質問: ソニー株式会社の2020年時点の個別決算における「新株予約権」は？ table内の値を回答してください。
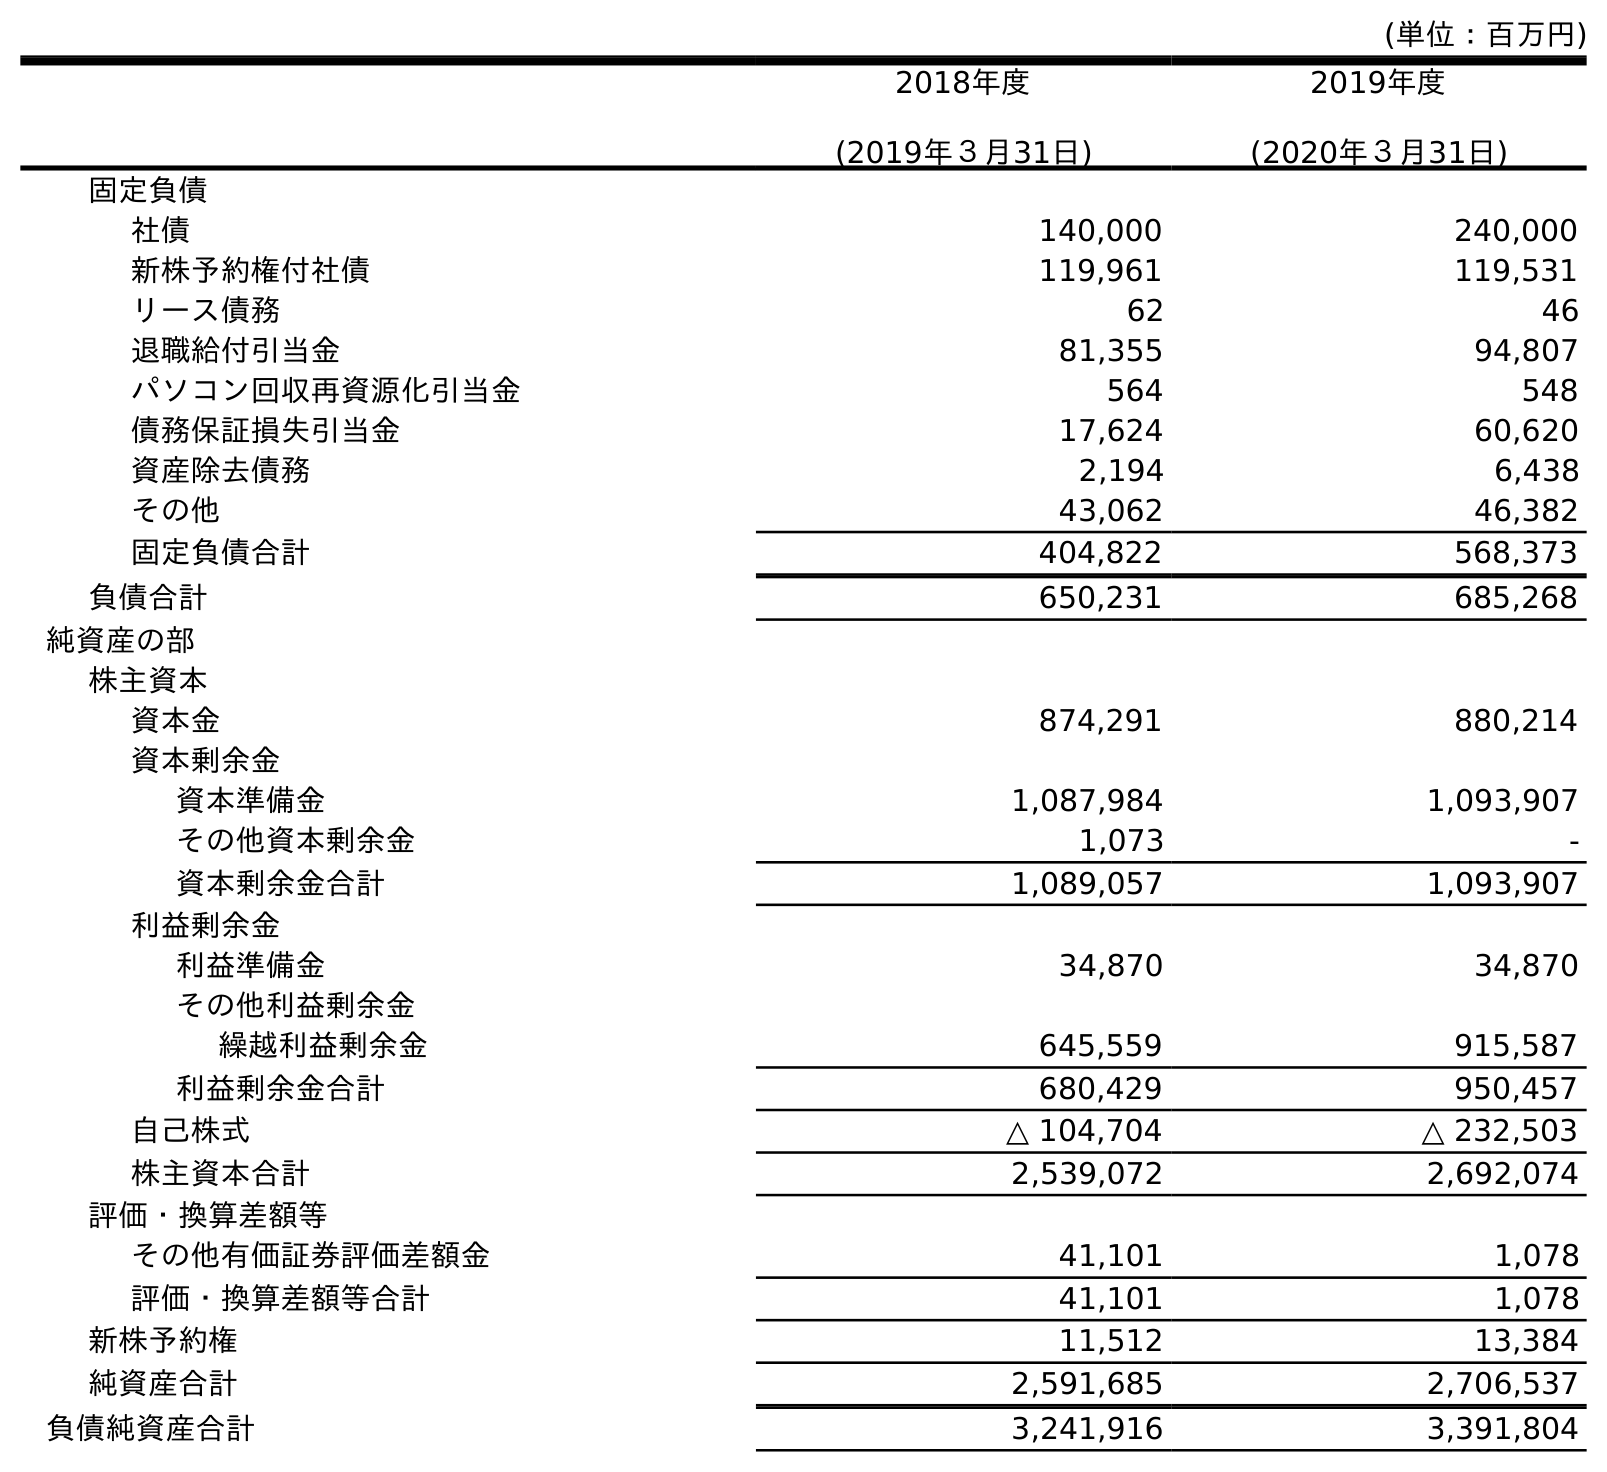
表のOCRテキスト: (単位：百万円) 2018年度 (2019年３月31日) 2019年度 (2020年３月31日) 固定負債 社債 140,000 240,000 新株予約権付社債 119,961 119,531 リース債務 62 46 退職給付引当金 81,355 94,807 パソコン回収再資源化引当金 564 548 債務保証損失引当金 17,624 60,620 資産除去債務 2,194 6,438 その他 43,062 46,382 固定負債合計 404,822 568,373 負債合計 650,231 685,268 純資産の部 株主資本 資本金 874,291 880,214 資本剰余金 資本準備金 1,087,984 1,093,907 その他資本剰余金 1,073 - 資本剰余金合計 1,089,057 1,093,907 利益剰余金 利益準備金 34,870 34,870 その他利益剰余金 繰越利益剰余金 645,559 915,587 利益剰余金合計 680,429 950,457 自己株式 △ 104,704 △ 232,503 株主資本合計 2,539,072 2,692,074 評価・換算差額等 その他有価証券評価差額金 41,101 1,078 評価・換算差額等合計 41,101 1,078 新株予約権 11,512 13,384 純資産合計 2,591,685 2,706,537 負債純資産合計 3,241,916 3,391,804
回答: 13,384